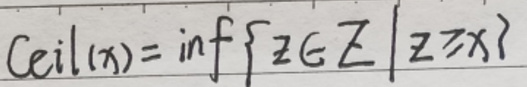
$\text{Ceil}(x)=\inf\{z\in\mathbb{Z}\mid z\geq x\}$